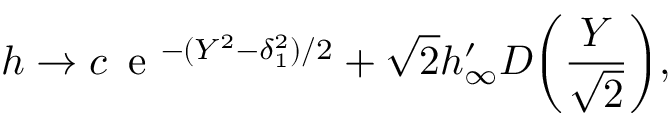
h \to c \, \textrm { e } ^ { - ( Y ^ { 2 } - \delta _ { 1 } ^ { 2 } ) / 2 } + \sqrt { 2 } h _ { \infty } ^ { \prime } D \biggl ( \frac { Y } { \sqrt { 2 } } \biggr ) ,